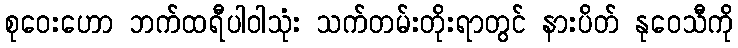
စုဝေးဟော ဘက်ထရီပါဝါသုံး သက်တမ်းတိုးရာတွင် နားပိတ် နုဝေသီကို